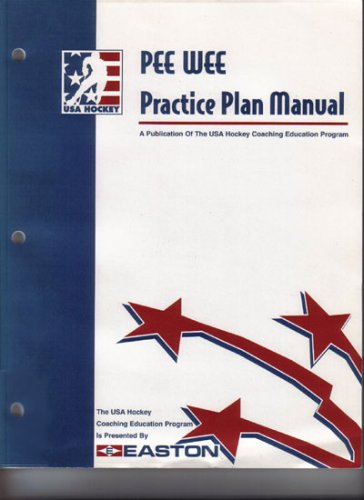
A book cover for Pee Wee Practice Plan Manual (A Publication of The USA Hockey Coaching Education Program); Bob O'Connor and Val Belmonte; Sports & Outdoors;